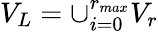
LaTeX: V_{L}=\cup_{i=0}^{r_{max}}V_{r}